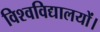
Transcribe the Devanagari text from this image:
विश्वविद्यालयों।